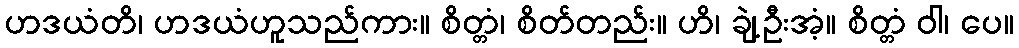
ဟဒယံတိ၊ ဟဒယံဟူသည်ကား။ စိတ္တံ၊ စိတ်တည်း။ ဟိ၊ ချဲ့ဦးအံ့။ စိတ္တံ ဝါ၊ ပေ။